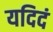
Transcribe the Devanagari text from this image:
यदिदं